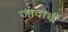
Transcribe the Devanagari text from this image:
जादाची